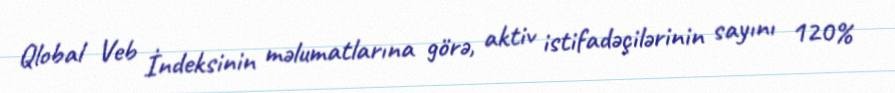
Qlobal Veb İndeksinin məlumatlarına görə, aktiv istifadəçilərinin sayını 120%